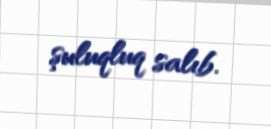
şuluqluq salıb.